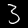
Label: 3